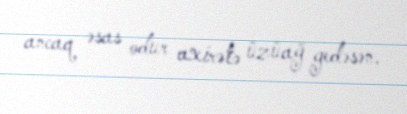
ancaq əsas odur axirətə üzüağ gedəsən.